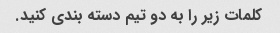
کلمات زیر را به دو تیم دسته بندی کنید.